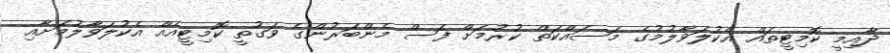
ދާއިމީ ކޮމިޓީތައް އެކުލަވާލުމުގެ މަސައްކަތް ކުރުމަށް ފަސް މެންބަރުންގެ ވަގުތީ ކޮމިޓީއެއް އެކުލަވާލުމަށާއި